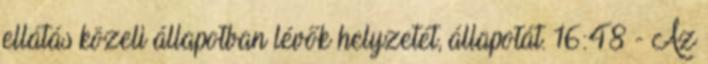
ellátás közeli állapotban lévők helyzetét, állapotát. 16:48 - Az